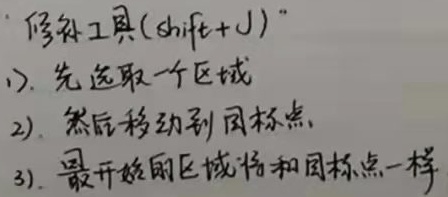
“修补工具(\(\text{shift + J}\))”
1). 先选取一个区域
2). 然后移动到目标点
3). 最开始的区域将和目标点一样